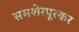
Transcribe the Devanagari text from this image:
समशेरपूरकर